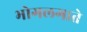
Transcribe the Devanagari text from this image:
भोगलगाते